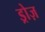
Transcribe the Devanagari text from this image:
ड्रोज़